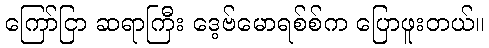
ကြော်ငြာ ဆရာကြီး ဒေ့ဗ်မောရစ်စ်က ပြောဖူးတယ်။